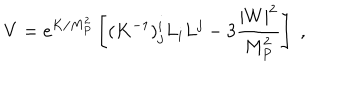
V = e ^ { K / M _ { P } ^ { 2 } } \left[ ( K ^ { - 1 } ) _ { j } ^ { i } L _ { i } L ^ { j } - 3 \frac { | W | ^ { 2 } } { M _ { P } ^ { 2 } } \right] \; ,